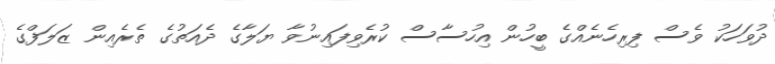
ދުވަހަކު ވެސް ފިރިހެނެއްގެ ބީހުން އިހުސާސް ކުރެވިފައިނުވާ ޔަލާގެ ދެއަތުގެ ތެރެއިން ޒަލަފްގެ